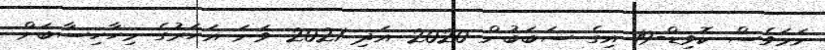
ނަމަވެސް ކޮވިޑް-19 އިގެ ސަބަބުން 2020 އަދި 2021 ވަނަ އަހަރުގެ މިހާހިސާބަށް